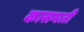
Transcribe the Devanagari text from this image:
कासमती